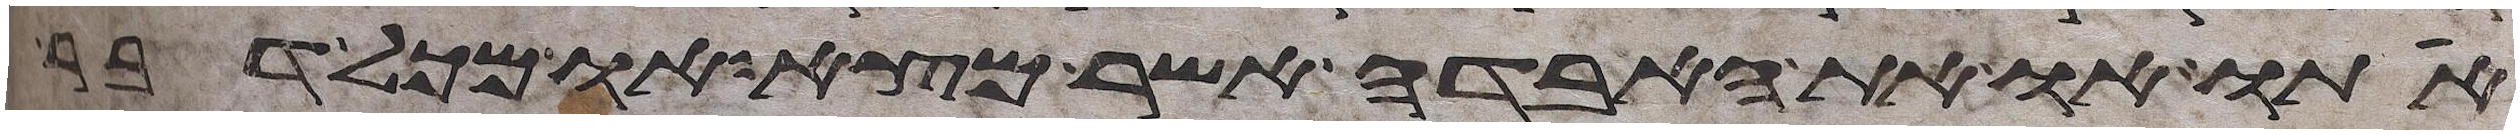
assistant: אתו או את האבדה אשר מצא או מכל דבר